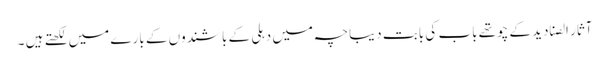
آثار الصنادید کے چوتھے باب کی بابت دیباچہ میں دہلی کے باشندوں کے بارے میں لکھتے ہیں ۔